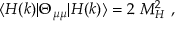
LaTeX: \langle H ( k ) | \Theta _ { \mu \mu } | H ( k ) \rangle = 2 ~ M _ { H } ^ { 2 } ~ ,